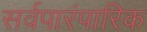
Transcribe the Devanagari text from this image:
सर्वपारंपारिक